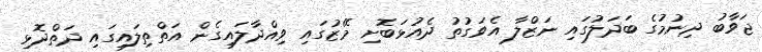
ޖަވާބު ދިނުމުގެ ބަދަލުގައި ނަޒްލާ އެވަގުތު ދެއުޅަބޮށި މޭޒުގައި ވިއްދާލައިގެން އަތްތިލައިގައި ދަތްދޮޅި